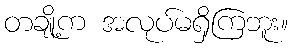
တချို့က အလုပ်မရှိကြဘူး။